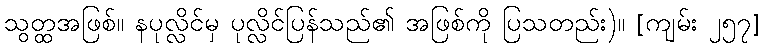
သွတ္ထအဖြစ်။ နပုလ္လိင်မှ ပုလ္လိင်ပြန်သည်၏ အဖြစ်ကို ပြသတည်း)။ [ကျမ်း ၂၅၇]